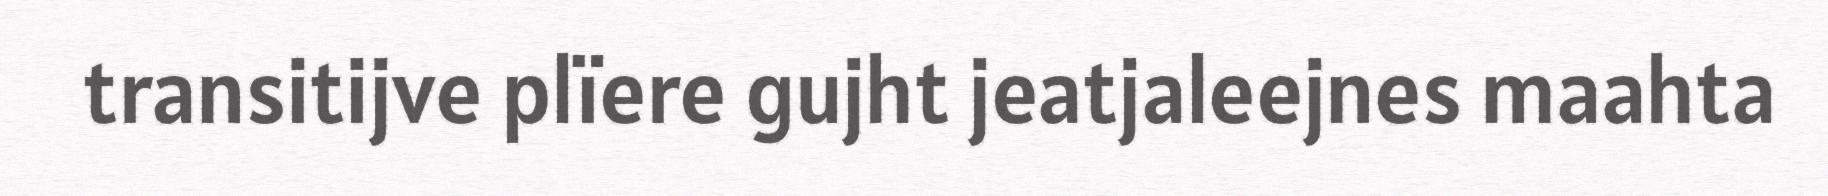
transitijve plïere gujht jeatjaleejnes maahta